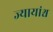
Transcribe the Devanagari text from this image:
ज्यायांश्च